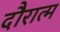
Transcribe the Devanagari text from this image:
दौरात्म